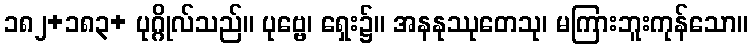
၁၈၂+၁၈၃+ ပုဂ္ဂိုလ်သည်။ ပုဗ္ဗေ၊ ရှေး၌။ အနနုဿုတေသု၊ မကြားဘူးကုန်သော။